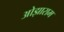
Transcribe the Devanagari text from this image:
ओझाराम